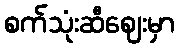
စက်သုံးဆီဈေးမှာ